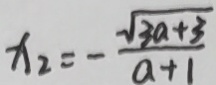
x _ { 2 } = - \frac { \sqrt { 3 a + 3 } } { a + 1 }